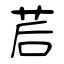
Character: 茩